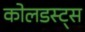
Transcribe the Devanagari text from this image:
कोलडस्ट्स